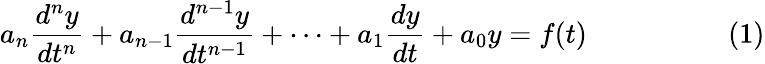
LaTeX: a_{n}{\frac{d^{n}y}{dt^{n}}}+a_{n-1}{\frac{d^{n-1}y}{dt^{n-1}}}+\cdots+a_{1}{\frac{dy}{dt}}+a_{0}y=f(t)\qquad\qquad\quad(1)